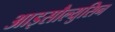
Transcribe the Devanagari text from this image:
आइसौल्युसिन